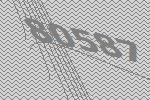
80587